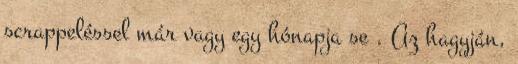
scrappeléssel már vagy egy hónapja se . Az hagyján,